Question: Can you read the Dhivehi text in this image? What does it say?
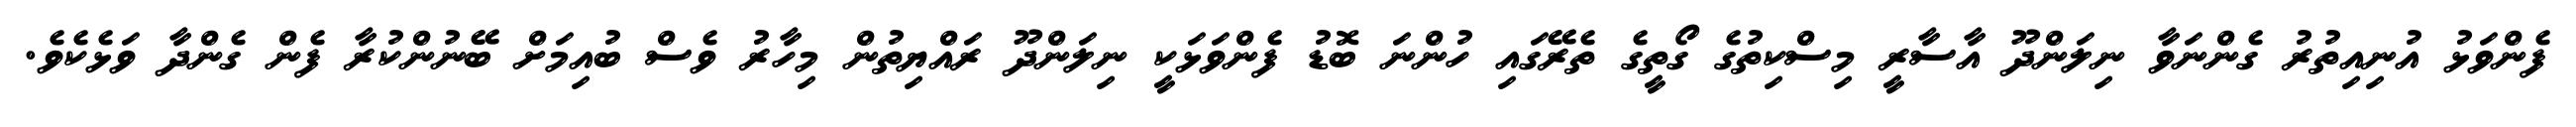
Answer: ފެންވަޅު އުނިއިތުރު ގެންނަވާ ނިލަންދޫ އާސާރީ މިސްކިތުގެ ގޯތީގެ ތެރޭގައި ހުންނަ ބޮޑު ފެންވަޅަކީ ނިލަންދޫ ރައްޔިތުން މިހާރު ވެސް ބުއިމަށް ބޭނުންކުރާ ފެން ގެންދާ ވަޅެކެވެ.